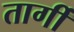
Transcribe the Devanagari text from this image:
तार्गी